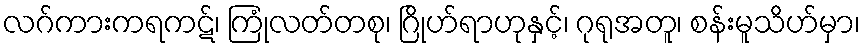
လဂ်ကားကရကဋ်၊ ကြုံလတ်တစု၊ ဂြိုဟ်ရာဟုနှင့်၊ ဂုရုအတူ၊ စန်းမူသိဟ်မှာ၊